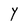
Character: Y